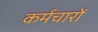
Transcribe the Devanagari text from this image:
कर्मचारों